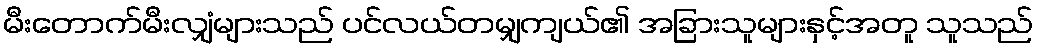
မီးတောက်မီးလျှံများသည် ပင်လယ်တမျှကျယ်၏ အခြားသူများနှင့်အတူ သူသည်